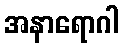
အနာရောဂါ